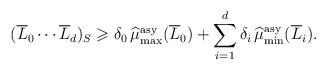
LaTeX: \begin{align*}(\overline L_0\cdots\overline L_d)_S\geqslant\delta_0\operatorname{\widehat{\mu}_{\max}^{\mathrm{asy}}}(\overline L_0)+\sum_{i=1}^d\delta_i\operatorname{\widehat{\mu}_{\min}^{\mathrm{asy}}}(\overline L_i).\end{align*}